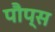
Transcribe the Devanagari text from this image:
पौप्स